Civil Veterinary Dept. Bombay admin report 1932-41 - 1932-1941
Year: 1932
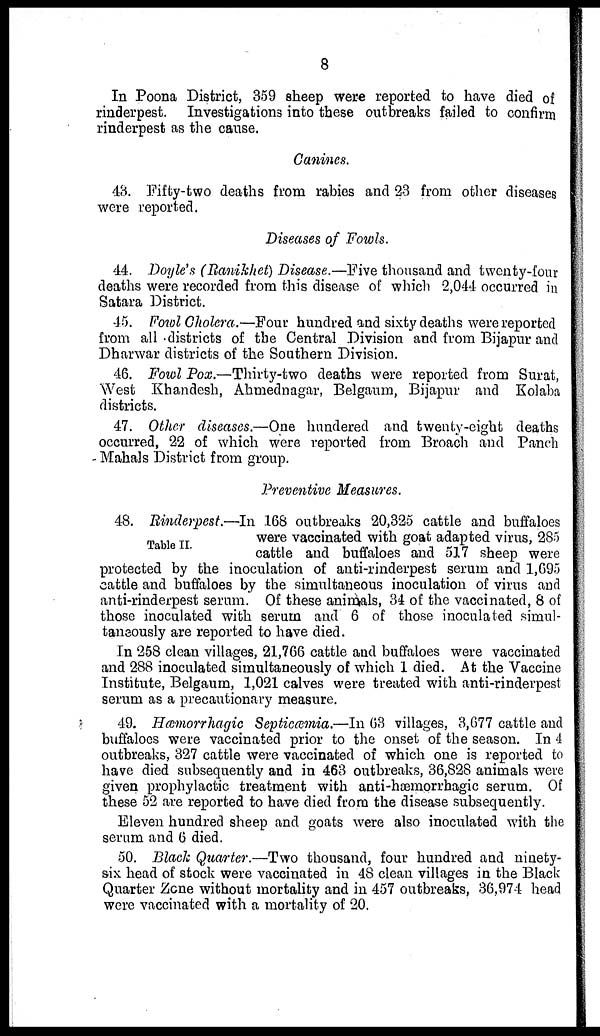
8
In Poona District, 359 sheep were reported to have died of
rinderpest. Investigations into these outbreaks failed to confirm
rinderpest as the cause.
Canines.
43. Fifty-two deaths from rabies and 23 from other diseases
were reported.
Diseases of Fowls.
44. Doyle's (Ranikhet) Disease.—Five thousand and twenty-four
deaths were recorded from this disease of which 2,044 occurred in
Satara District.
45. Fowl Cholera.—Four hundred and sixty deaths were reported
from all districts of the Central Division and from Bijapur and
Dharwar districts of the Southern Division.
46. Fowl Pox.—Thirty-two deaths were reported from Surat,
West Khandesh, Ahmednagar, Belgaum, Bijapur and Kolaba
districts.
47. Other diseases.—One hundered and twenty-eight deaths
occurred, 22 of which were reported from Broach and Panch
Mahals District from group.
Preventive Measures.
Table II.
48. Rinderpest.—In 168 outbreaks 20,325 cattle and buffaloes
were vaccinated with goat adapted virus, 285
cattle and buffaloes and 517 sheep were
protected by the inoculation of anti-rinderpest serum and 1,695
cattle and buffaloes by the simultaneous inoculation of virus and
anti-rinderpest serum. Of these animals, 34 of the vaccinated, 8 of
those inoculated with serum and 6 of those inoculated simul-
taneously are reported to have died.
In 258 clean villages, 21,766 cattle and buffaloes were vaccinated
and 288 inoculated simultaneously of which 1 died. At the Vaccine
Institute, Belgaum, 1,021 calves were treated with anti-rinderpest
serum as a precautionary measure.
49. Hæmorrhagic Septicæmia.—In 63 villages, 3,677 cattle and
buffaloes were vaccinated prior to the onset of the season. In 4
outbreaks, 327 cattle were vaccinated of which one is reported to
have died subsequently and in 463 outbreaks, 36,828 animals were
given prophylactic treatment with anti-hæmorrhagic serum. Of
these 52 are reported to have died from the disease subsequently.
Eleven hundred sheep and goats were also inoculated with the
serum and 6 died.
50. Black Quarter.—Two thousand, four hundred and ninety-
six head of stock were vaccinated in 48 clean villages in the Black
Quarter Zone without mortality and in 457 outbreaks, 36,974 head
were vaccinated with a mortality of 20.